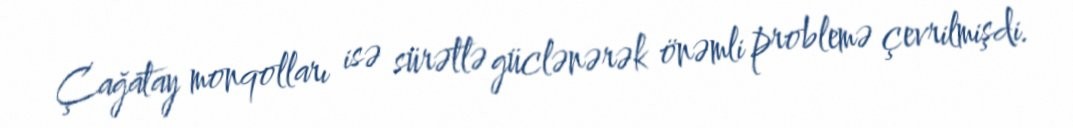
Çağatay monqolları isə sürətlə güclənərək önəmli problemə çevrilmişdi.